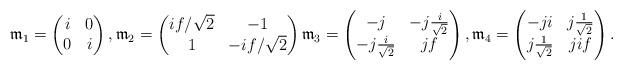
LaTeX: \begin{align*}\mathfrak{m}_1=\begin{pmatrix} i & 0 \\ 0& i \end{pmatrix}, \mathfrak{m}_2=\begin{pmatrix} i f/{\sqrt{2}} & -1 \\ 1 & -i f/{\sqrt{2}} \end{pmatrix} \mathfrak{m}_3=\begin{pmatrix} -j & -j \frac{i}{\sqrt{2}} \\ -j \frac{i}{\sqrt{2}} & j f \end{pmatrix}, \mathfrak{m}_4=\begin{pmatrix} -j i & j \frac{1}{\sqrt{2}} \\ j \frac{1}{\sqrt{2}} & j i f \end{pmatrix}.\end{align*}